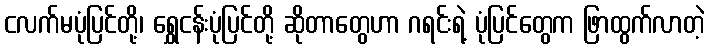
ငလက်မပုံပြင်တို့၊ ရွှေငန်းပုံပြင်တို့ ဆိုတာတွေဟာ ဂရင်းရဲ့ ပုံပြင်တွေက ဖြာထွက်လာတဲ့